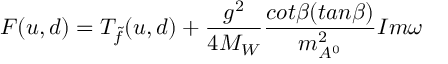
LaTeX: F ( u , d ) = T _ { \tilde { f } } ( u , d ) + \frac { g ^ { 2 } } { 4 M _ { W } } \frac { c o t \beta ( t a n \beta ) } { m _ { A ^ { 0 } } ^ { 2 } } I m \omega